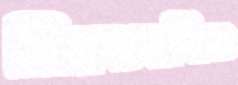
নিয়মাবলিও